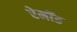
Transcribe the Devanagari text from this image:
रेनॉड